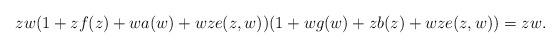
LaTeX: \begin{align*}zw(1+zf(z)+wa(w)+wze(z,w))(1+wg(w)+zb(z)+wze(z,w))=zw.\end{align*}